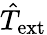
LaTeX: \hat{T}_{\mathrm{ext}}